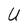
Character: U